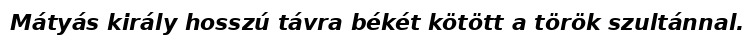
Mátyás király hosszú távra békét kötött a török szultánnal.